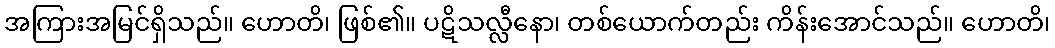
အကြားအမြင်ရှိသည်။ ဟောတိ၊ ဖြစ်၏။ ပဋိသလ္လီနော၊ တစ်ယောက်တည်း ကိန်းအောင်သည်။ ဟောတိ၊